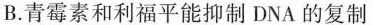
B.青霉素和利福平能抑制DNA的复制